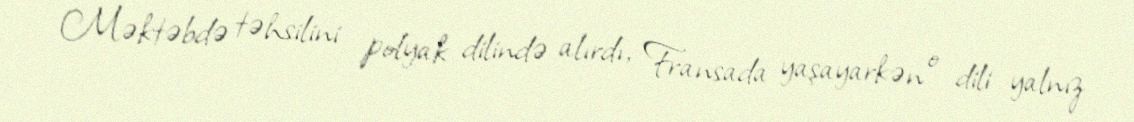
Məktəbdə təhsilini polyak dilində alırdı, Fransada yaşayarkən o dili yalnız